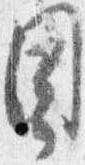
目